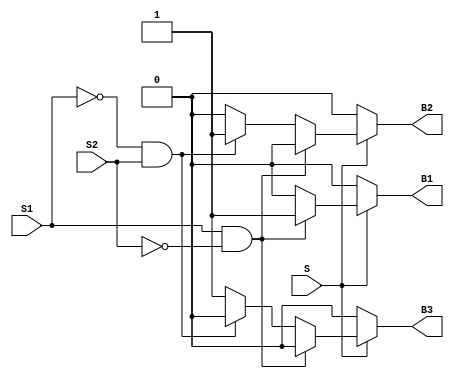
module bulb_controller (
  input    S,
  input   S1,
  input   S2,
  output reg B1,
  output reg B2,
  output reg B3
);

  always @(*) begin
    if (S) 
    begin
        // Main switch is ON
        if (S1 && ~S2) begin
          // Only B1 should be glowing
          B1 = 1;
          B2 = 0;
          B3 = 0;
        end
        else if (~S1 && S2) begin
          // Only B2 should be glowing
          B1 = 0;
          B2 = 1;
          B3 = 0;
        end
        else begin
          // Default: Only B3 should be glowing
          B1 = 0;
          B2 = 0;
          B3 = 1;
        end
    end
    else begin
      // Main switch is OFF, no bulbs should be glowing
      B1 = 0;
      B2 = 0;
      B3 = 0;
    end
  end

endmodule